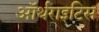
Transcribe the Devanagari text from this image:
ऑर्थराइटिस